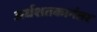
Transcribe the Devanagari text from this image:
अर्धशतकानंतर